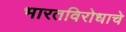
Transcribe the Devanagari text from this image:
भारतविरोधाचे